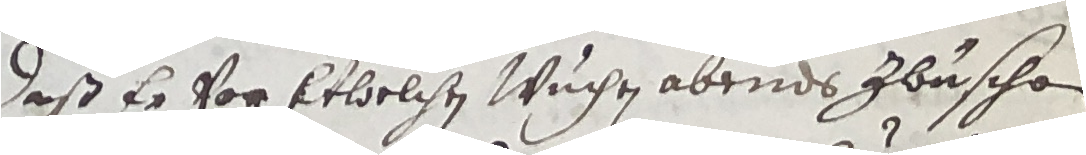
daß er vor etwelchen wuchen abends zbüschen